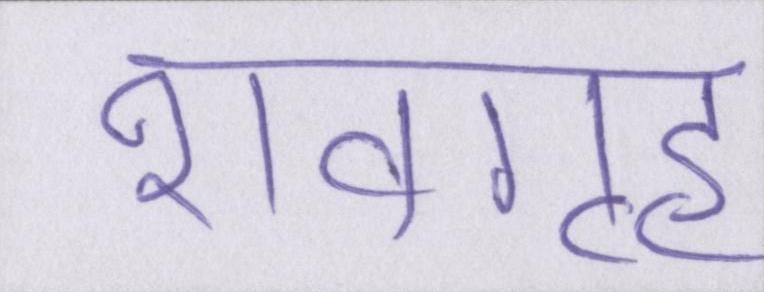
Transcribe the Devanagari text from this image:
शवगृह